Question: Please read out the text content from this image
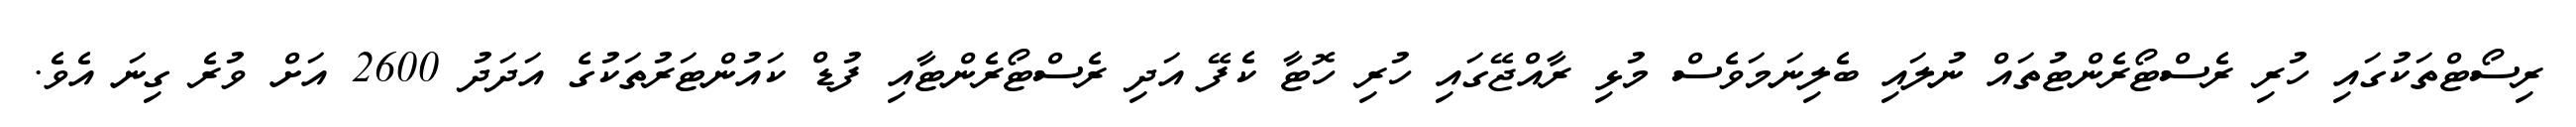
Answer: ރިސޯޓްތަކުގައި ހުރި ރެސްޓޯރެންޓުތައް ނުލައި ބެލިނަމަވެސް މުޅި ރާއްޖޭގައި ހުރި ހޮޓާ ކެފޭ އަދި ރެސްޓޯރެންޓާއި ފުޑް ކައުންޓަރުތަކުގެ އަދަދު 2600 އަށް ވުރެ ގިނަ އެވެ.